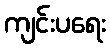
ကျင်းပရေး